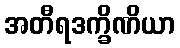
အတီရဒက္ခိဏိယာ